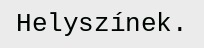
Helyszínek.